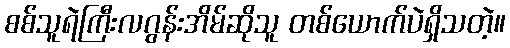
စစ်သူရဲကြီးလဂွန်းအိမ်ဆိုသူ တစ်ယောက်ပဲရှိသတဲ့။